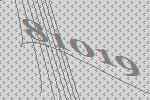
81019